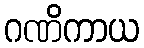
ဂဏိကာယ